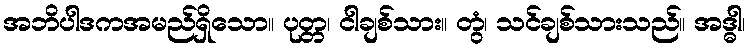
အဘိပါဒကအမည်ရှိသော။ ပုတ္တ၊ ငါချစ်သား။ တွံ၊ သင်ချစ်သားသည်။ အဒ္ဓါ၊